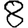
Digit: 8